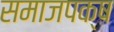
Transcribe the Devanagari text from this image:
समाजपक्ष